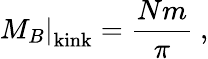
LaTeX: \left.M_{B}\right|_{\mathrm{kink}}=\frac{Nm}{\pi}\ ,